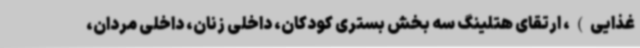
غذایی)، ارتقای هتلینگ سه بخش بستری کودکان، داخلی زنان، داخلی مردان،